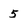
Character: 5